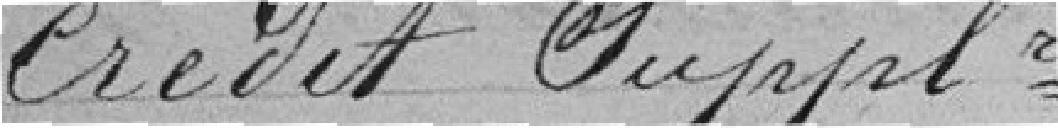
Crédit supplémentaire